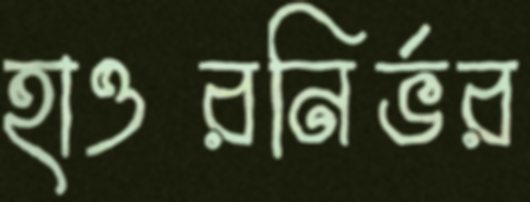
হাওরনির্ভর